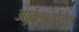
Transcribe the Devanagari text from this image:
आर्कडायोसेस